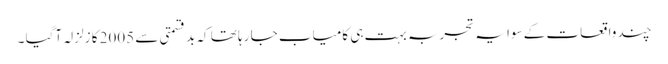
چند واقعات کے سوا یہ تجربہ بہت ہی کامیاب جا رہا تھا کہ بد قسمتی سے 2005 کا زلزلہ آگیا ۔